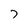
Character: 7